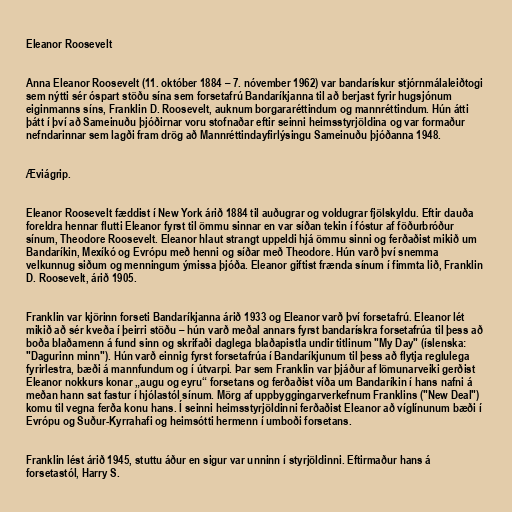
Eleanor Roosevelt

Anna Eleanor Roosevelt (11. október 1884 – 7. nóvember 1962) var bandarískur stjórnmálaleiðtogi
sem nýtti sér óspart stöðu sína sem forsetafrú Bandaríkjanna til að berjast fyrir hugsjónum
eiginmanns síns, Franklin D. Roosevelt, auknum borgararéttindum og mannréttindum. Hún átti
þátt í því að Sameinuðu þjóðirnar voru stofnaðar eftir seinni heimsstyrjöldina og var formaður
nefndarinnar sem lagði fram drög að Mannréttindayfirlýsingu Sameinuðu þjóðanna 1948.

Æviágrip.

Eleanor Roosevelt fæddist í New York árið 1884 til auðugrar og voldugrar fjölskyldu. Eftir dauða
foreldra hennar flutti Eleanor fyrst til ömmu sinnar en var síðan tekin í fóstur af föðurbróður
sínum, Theodore Roosevelt. Eleanor hlaut strangt uppeldi hjá ömmu sinni og ferðaðist mikið um
Bandaríkin, Mexíkó og Evrópu með henni og síðar með Theodore. Hún varð því snemma
velkunnug siðum og menningum ýmissa þjóða. Eleanor giftist frænda sínum í fimmta lið, Franklin
D. Roosevelt, árið 1905.

Franklin var kjörinn forseti Bandaríkjanna árið 1933 og Eleanor varð því forsetafrú. Eleanor lét
mikið að sér kveða í þeirri stöðu – hún varð meðal annars fyrst bandarískra forsetafrúa til þess að
boða blaðamenn á fund sinn og skrifaði daglega blaðapistla undir titlinum "My Day" (íslenska:
"Dagurinn minn"). Hún varð einnig fyrst forsetafrúa í Bandaríkjunum til þess að flytja reglulega
fyrirlestra, bæði á mannfundum og í útvarpi. Þar sem Franklin var þjáður af lömunarveiki gerðist
Eleanor nokkurs konar „augu og eyru“ forsetans og ferðaðist víða um Bandaríkin í hans nafni á
meðan hann sat fastur í hjólastól sínum. Mörg af uppbyggingarverkefnum Franklins ("New Deal")
komu til vegna ferða konu hans. Í seinni heimsstyrjöldinni ferðaðist Eleanor að víglínunum bæði í
Evrópu og Suður-Kyrrahafi og heimsótti hermenn í umboði forsetans.

Franklin lést árið 1945, stuttu áður en sigur var unninn í styrjöldinni. Eftirmaður hans á
forsetastól, Harry S.